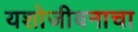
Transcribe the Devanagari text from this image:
यशोजीवनाचा